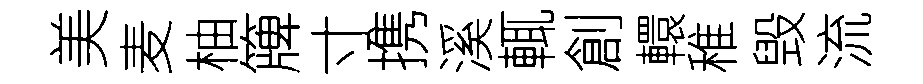
美麦柚簰寸携溪輒創轘稚毁流